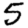
Digit: 5